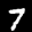
Label: 7